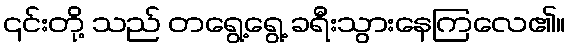
၎င်းတို့ သည် တရွေ့ရွေ့ ခရီးသွားနေကြလေ၏။